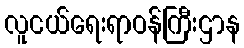
လူငယ်ရေးရာဝန်ကြီးဌာန